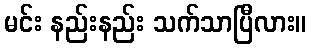
မင်း နည်းနည်း သက်သာပြီလား။